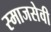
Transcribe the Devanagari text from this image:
स्माजसेवी